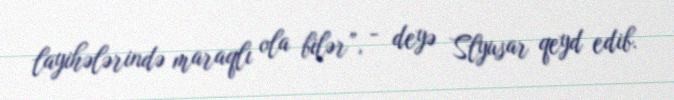
layihələrində maraqlı ola bilər”, - deyə Slyusar qeyd edib.